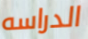
الدراسه